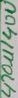
Text: 470u/40V